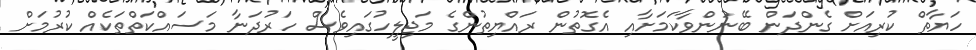
ހަޔާތް ކުރިއަށް ގެންދަން ބޭނުންވާކަމަށާއި އެގޮތުން ރައްޔިތުންގެ މަޖިލީހުގައިވެސް ހަރުދަނާ މަސައްކަތްތަކެއް ކުރުމަށް